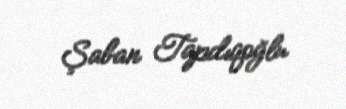
Şaban Tapdıqoğlu